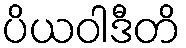
ပိယဝါဒီတိ